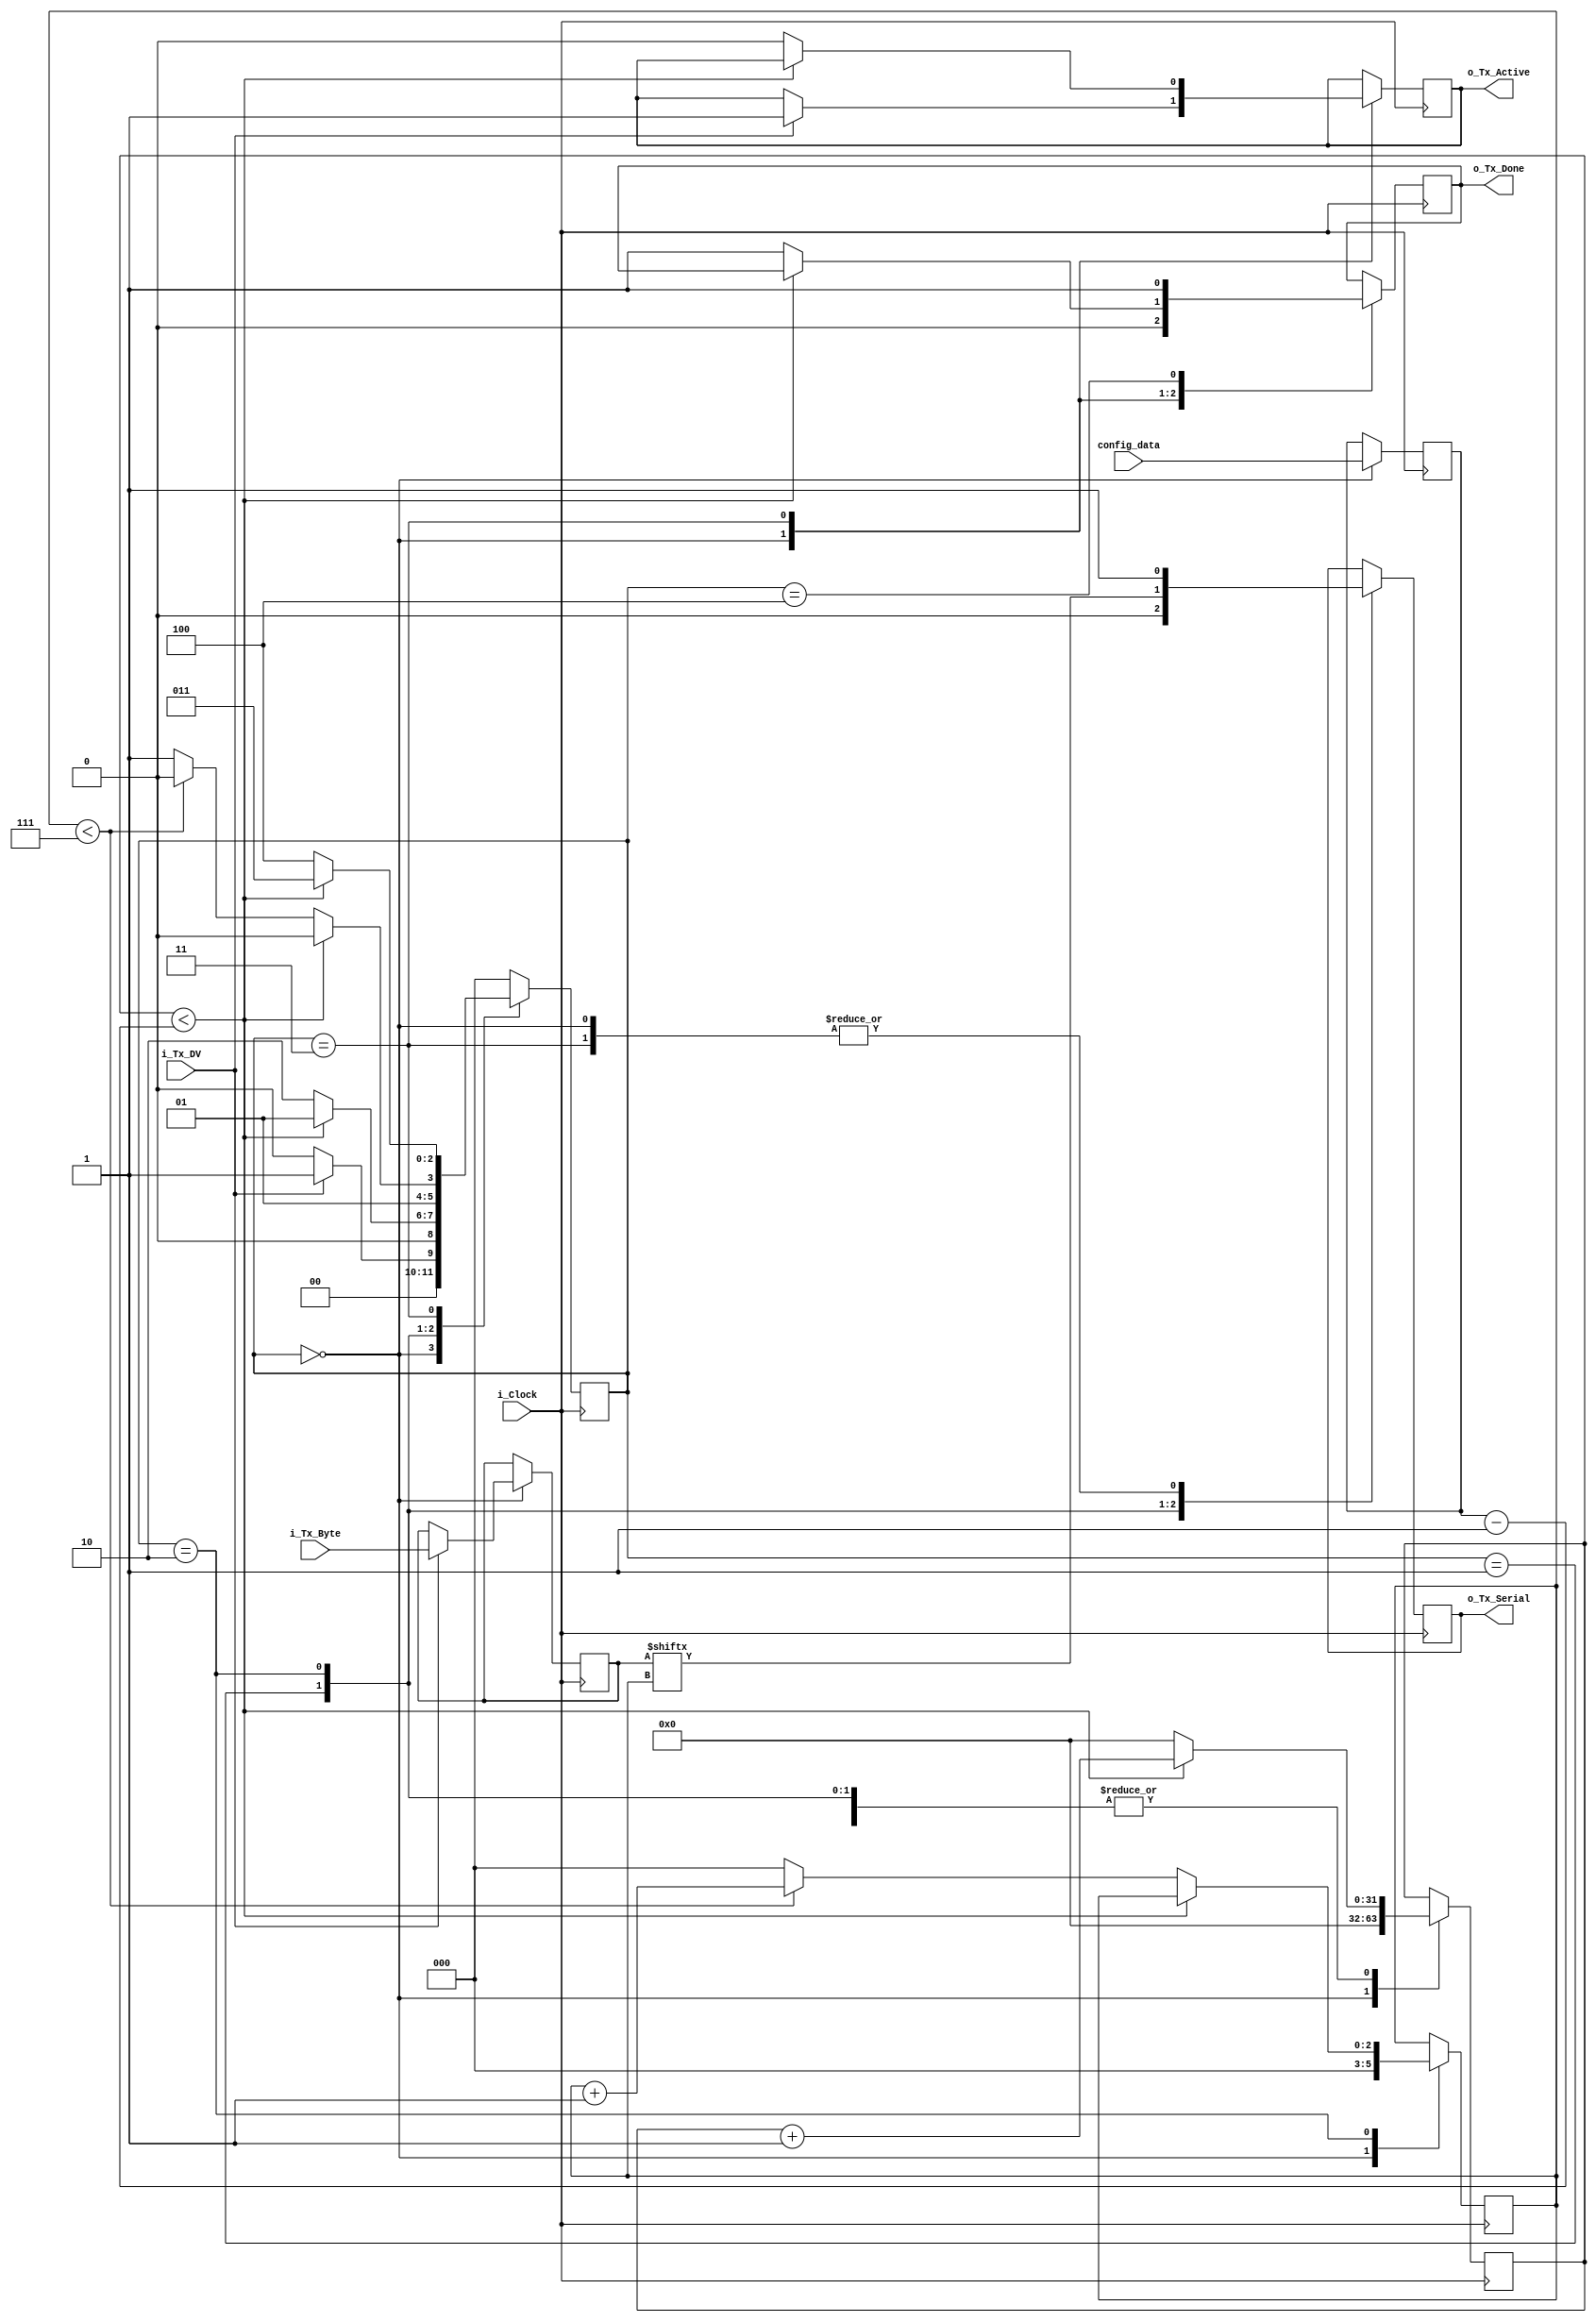
module uart_tx (
    input                       i_Clock,
    input                       i_Tx_DV,
    input [UART_DATA_WIDTH-1:0] i_Tx_Byte,
    input [CONFIG_DATA_WIDTH-1:0] config_data,
    output                      o_Tx_Active,
    output reg                  o_Tx_Serial = 1,
    output                      o_Tx_Done
);

/* Global Parameters */
parameter UART_DATA_WIDTH = 8;
parameter CONFIG_DATA_WIDTH = 32;

/* Register declaration and initialization */
reg [CONFIG_DATA_WIDTH-1:0] r_Clock_Count = 0;
reg [2:0]                   r_Bit_Index = 0;
reg [UART_DATA_WIDTH-1:0]   r_Tx_Data = 0;
reg                         r_Tx_Done = 0;
reg                         r_Tx_Active = 0;
reg [CONFIG_DATA_WIDTH-1:0] r_config_data = 32'd437;

/* State Machine Parameters */
reg [2:0] r_SM_Main = 0;
localparam s_IDLE           = 3'b000;
localparam s_TX_START_BIT   = 3'b001;
localparam s_TX_DATA_BITS   = 3'b010;
localparam s_TX_STOP_BIT    = 3'b011;
localparam s_CLEANUP        = 3'b100;

always @(posedge i_Clock) begin
    case (r_SM_Main)
        s_IDLE: begin
             /* Drive Line High for Idle */
            o_Tx_Serial <= 1'b1;
            r_Tx_Done <= 1'b0;
            r_Clock_Count <= 0;
            r_Bit_Index <= 0;
            r_config_data <= config_data;
            
            if (i_Tx_DV == 1'b1) begin
                r_Tx_Active <= 1'b1;
                r_Tx_Data <= i_Tx_Byte;
                r_SM_Main <= s_TX_START_BIT;
            end else begin
                r_SM_Main <= s_IDLE;
            end
        end // case: s_IDLE

        /* Send out Start Bit. Start bit = 0 */
        s_TX_START_BIT: begin
            o_Tx_Serial <= 1'b0;

            /* Wait CLKS_PER_BIT-1 clock cycles for start bit to finish */
            if (r_Clock_Count < r_config_data-1) begin
                r_Clock_Count <= r_Clock_Count + 1;
                r_SM_Main <= s_TX_START_BIT;
            end else begin
                r_Clock_Count <= 0;
                r_SM_Main <= s_TX_DATA_BITS;
            end
        end // case: s_TX_START_BIT

        /* Wait CLKS_PER_BIT-1 clock cycles for data bits to finish */
        s_TX_DATA_BITS: begin
            o_Tx_Serial <= r_Tx_Data[r_Bit_Index];

            if (r_Clock_Count < r_config_data-1) begin
                r_Clock_Count <= r_Clock_Count + 1;
                r_SM_Main <= s_TX_DATA_BITS;
            end else begin
                r_Clock_Count <= 0;

                /* Check if we have sent out all bits */
                if (r_Bit_Index < 7) begin
                    r_Bit_Index <= r_Bit_Index + 1;
                    r_SM_Main <= s_TX_DATA_BITS;
                end else begin
                    r_Bit_Index <= 0;
                    r_SM_Main <= s_TX_STOP_BIT;
                end
            end
        end // case: s_TX_DATA_BITS

        /* Send out Stop bit. Stop bit = 1 */
        s_TX_STOP_BIT: begin
            o_Tx_Serial <= 1'b1;

            /* Wait CLKS_PER_BIT-1 clock cycles for Stop bit to finish */
            if (r_Clock_Count < r_config_data-1) begin
                r_Clock_Count <= r_Clock_Count + 1;
                r_SM_Main <= s_TX_STOP_BIT;
            end else begin
                r_Tx_Done <= 1'b1;
                r_Clock_Count <= 0;
                r_SM_Main <= s_CLEANUP;
                r_Tx_Active <= 1'b0;
            end
        end // case: s_Tx_STOP_BIT

        /* Stay here 1 clock */
        s_CLEANUP: begin
            r_Tx_Done <= 1'b1;
            r_SM_Main <= s_IDLE;
        end

        default: r_SM_Main <= s_IDLE;
    endcase
end

assign o_Tx_Active = r_Tx_Active;
assign o_Tx_Done = r_Tx_Done;

endmodule